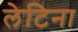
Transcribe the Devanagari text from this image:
लेटिना